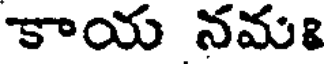
కాయ నమః